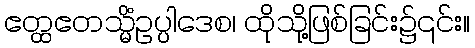
ဧတ္ထဧတသ္မိံဥပ္ပါဒေစ၊ ထိုသို့ဖြစ်ခြင်း၌၎င်း။